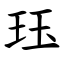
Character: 珏